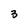
Character: 3